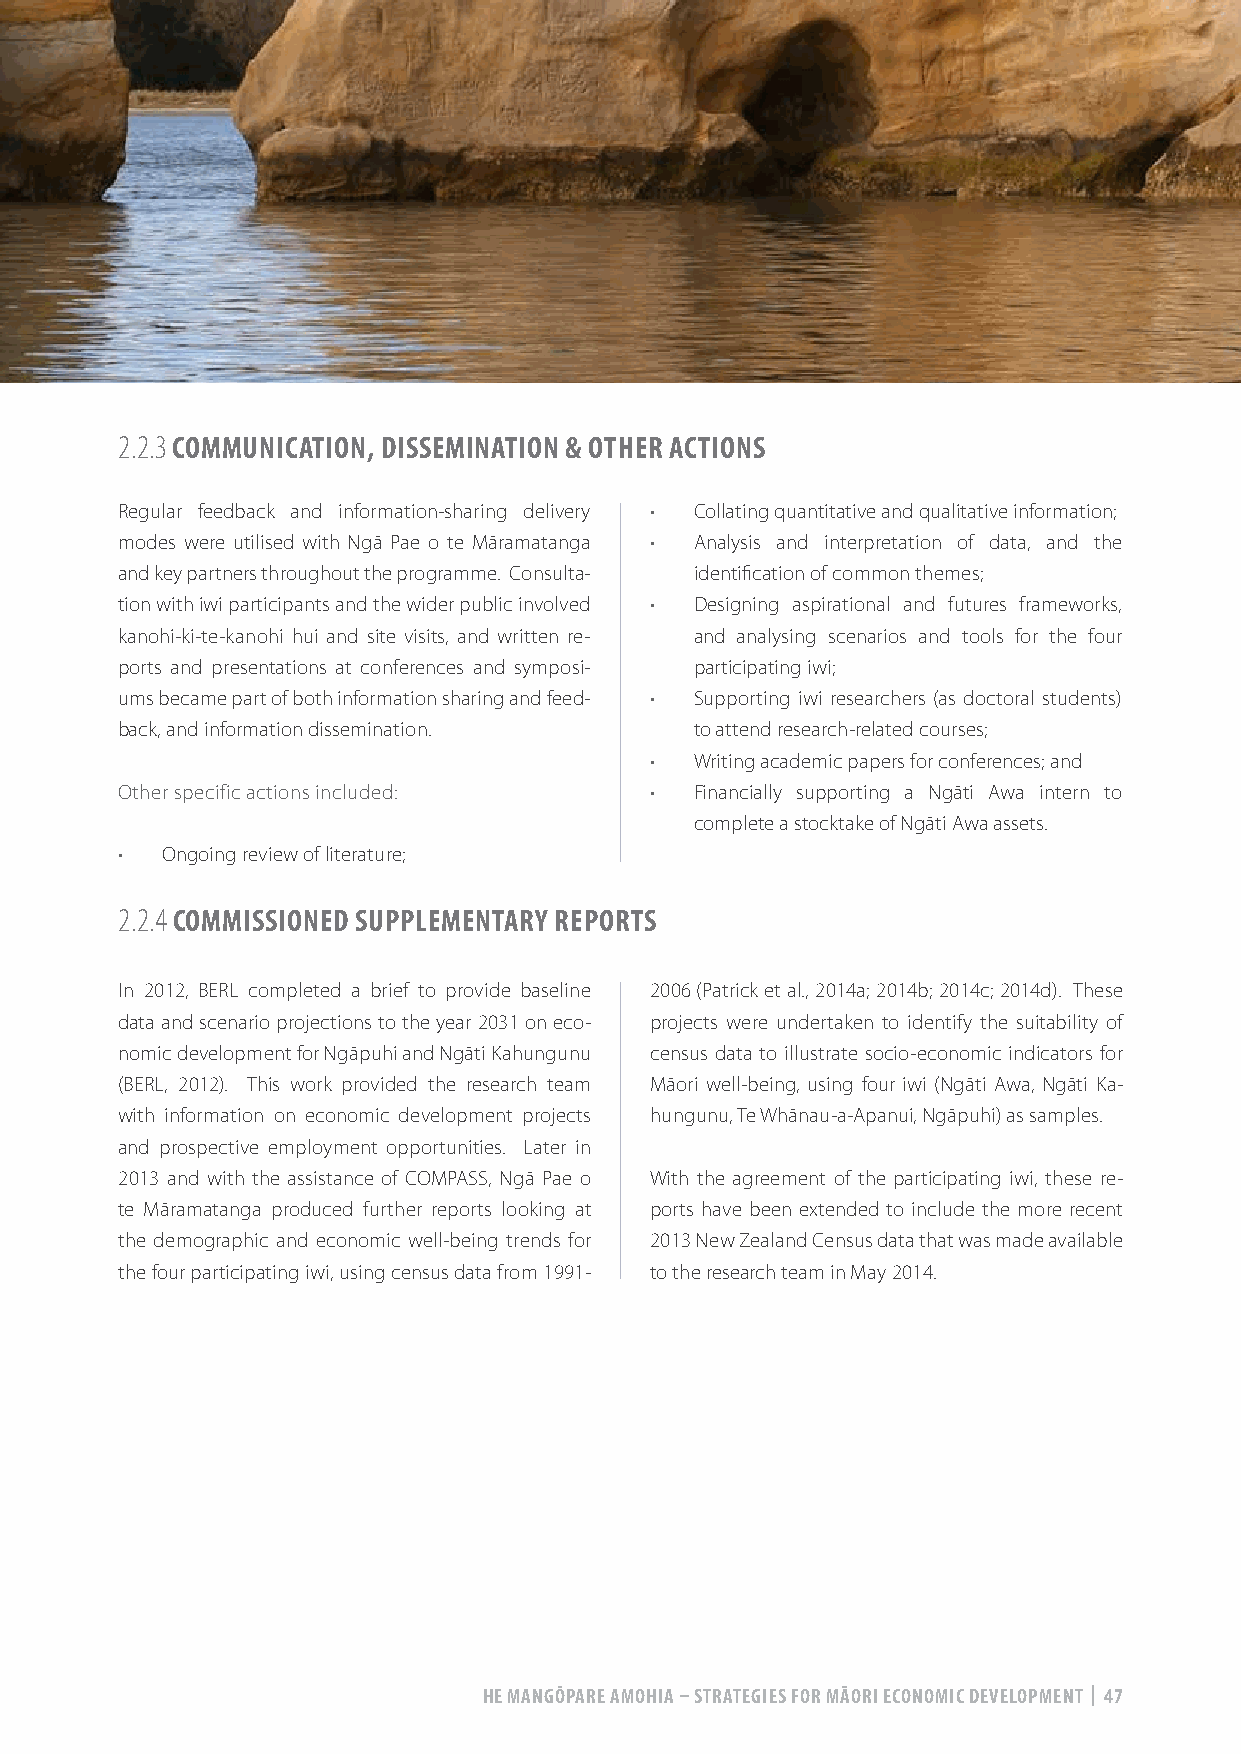
2.2.3 COMMUNICATION, DISSEMINATION & OTHER ACTIONS
 Regular feedback and information-sharing delivery • Collating quantitative and qualitative information;
 modes were utilised with Ngā Pae o te Māramatanga • Analysis and interpretation of data, and the
 and key partners throughout the programme. Consulta- identification of common themes;
 tion with iwi participants and the wider public involved • Designing aspirational and futures frameworks,
 kanohi-ki-te-kanohi hui and site visits, and written re- and analysing scenarios and tools for the four
 ports and presentations at conferences and symposi- participating iwi;
 ums became part of both information sharing and feed- • Supporting iwi researchers (as doctoral students)
 back, and information dissemination.  to attend research-related courses;
 •  Writing academic papers for conferences; and
 Other specific actions included:   •  Financially supporting a Ngāti Awa intern to
 complete a stocktake of Ngāti Awa assets.
 •  Ongoing review of literature;
 2.2.4 COMMISSIONED SUPPLEMENTARY REPORTS
 In 2012, BERL completed a brief to provide baseline 2006 (Patrick et al., 2014a; 2014b; 2014c; 2014d). These
 data and scenario projections to the year 2031 on eco- projects were undertaken to identify the suitability of
 nomic development for Ngāpuhi and Ngāti Kahungunu census data to illustrate socio-economic indicators for
 (BERL, 2012). This work provided the research team Māori well-being, using four iwi (Ngāti Awa, Ngāti Ka-
 with information on economic development projects hungunu, Te Whānau-a-Apanui, Ngāpuhi) as samples.
 and prospective employment opportunities. Later in
 2013 and with the assistance of COMPASS, Ngā Pae o With the agreement of the participating iwi, these re-
 te Māramatanga produced further reports looking at ports have been extended to include the more recent
 the demographic and economic well-being trends for 2013 New Zealand Census data that was made available
 the four participating iwi, using census data from 1991- to the research team in May 2014.
 HE MANGŌPARE AMOHIA – STRATEGIES FOR MĀORI ECONOMIC DEVELOPMENT | 47